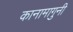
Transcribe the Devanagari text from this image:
कानामागुनी